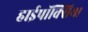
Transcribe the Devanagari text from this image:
हाईपॉक्सिया